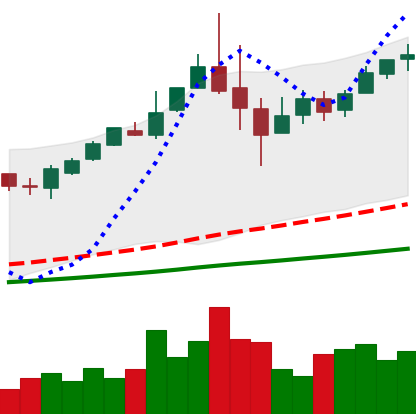
Ticker: BTC-USD
Chart end date: 2017-06-03
Forward return: 11.54%
Label: up_7plus